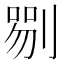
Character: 𠞍